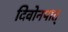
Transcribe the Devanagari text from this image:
दिवोनपात्